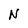
Character: N